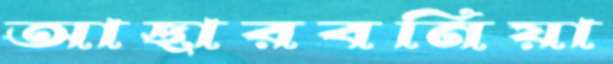
আছারবনিয়া